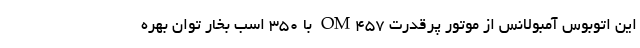
این اتوبوس آمبولانس از موتور پرقدرت OM۴۵۷ با ۳۵۰ اسب بخار توان بهره